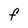
Character: F